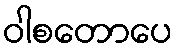
ဝါစတောပေ